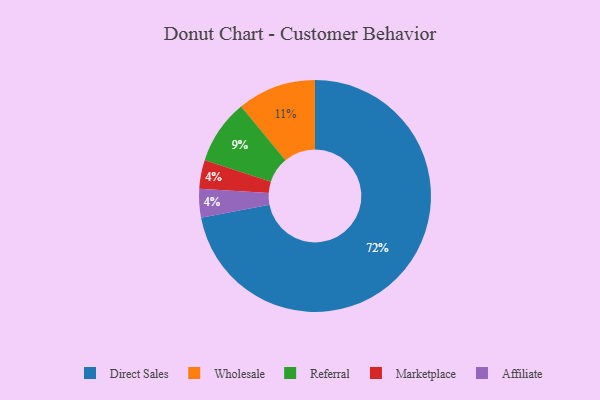
{"axis": {"x": "Category", "y": "Percentage"}, "legend": ["Affiliate", "Direct Sales", "Marketplace", "Referral", "Wholesale"], "data": [{"x": "Marketplace", "y": 4, "type": "Marketplace"}, {"x": "Referral", "y": 9, "type": "Referral"}, {"x": "Affiliate", "y": 4, "type": "Affiliate"}, {"x": "Direct Sales", "y": 72, "type": "Direct Sales"}, {"x": "Wholesale", "y": 11, "type": "Wholesale"}]}